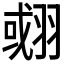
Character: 𦑍